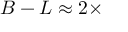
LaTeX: B - L \approx 2 \times